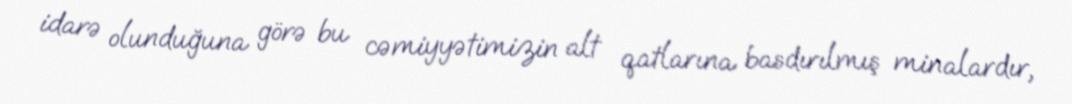
idarə olunduğuna görə bu cəmiyyətimizin alt qatlarına basdırılmış minalardır,